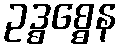
ဥဒ္ဓစ္စေန